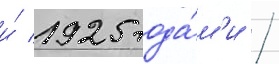
и́ 1925 года́м'и /